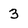
Character: 3